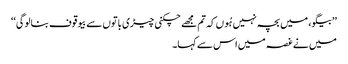
’’بیگو، میں بچہ نہیں ہُوں کہ تم مجھے چکنی چیڑی باتوں سے بیوقوف بنالوگی‘‘
میں نے غصہ میں اس سے کہا۔